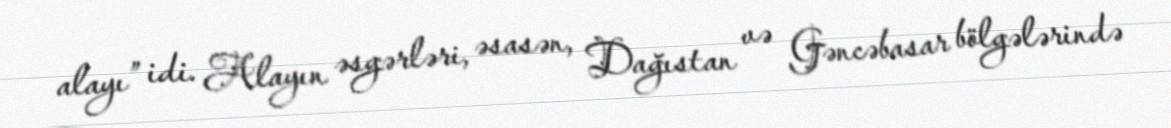
alayı” idi. Alayın əsgərləri, əsasən, Dağıstan və Gəncəbasar bölgələrində